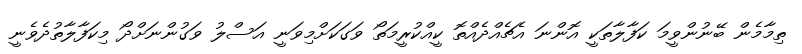
ތިމާމެން ބޭނުންވީމަ ކަފާލާތަކީ އޮންނަ އެޗެއްދެއްތޮ ކީއްކުރީމަތޯ ވަގަކަށްމިވަނީ އަސްލު ވަގުންނަށްދޯ މިކަފާލާތުދެވެނީ